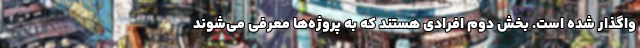
واگذار شده است. بخش دوم افرادی هستند که به پروژه‌ها معرفی می‌شوند